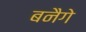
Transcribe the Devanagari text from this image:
बनैगे